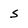
Character: S